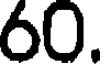
60.